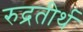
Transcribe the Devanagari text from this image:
रुद्रतीर्थ